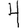
Digit: 4